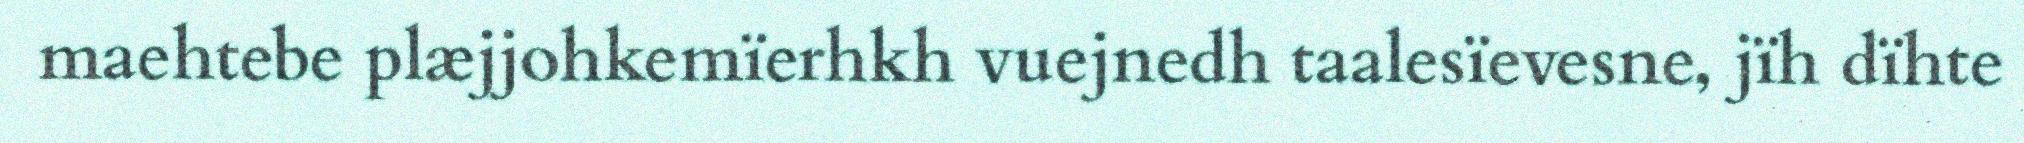
maehtebe plæjjohkemïerhkh vuejnedh taalesïevesne, jïh dïhte